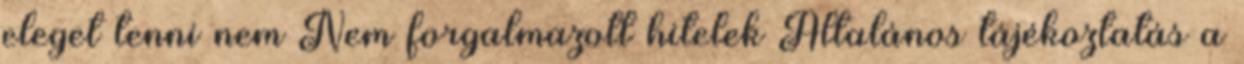
eleget tenni nem Nem forgalmazott hitelek Általános tájékoztatás a